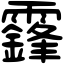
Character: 𩆨